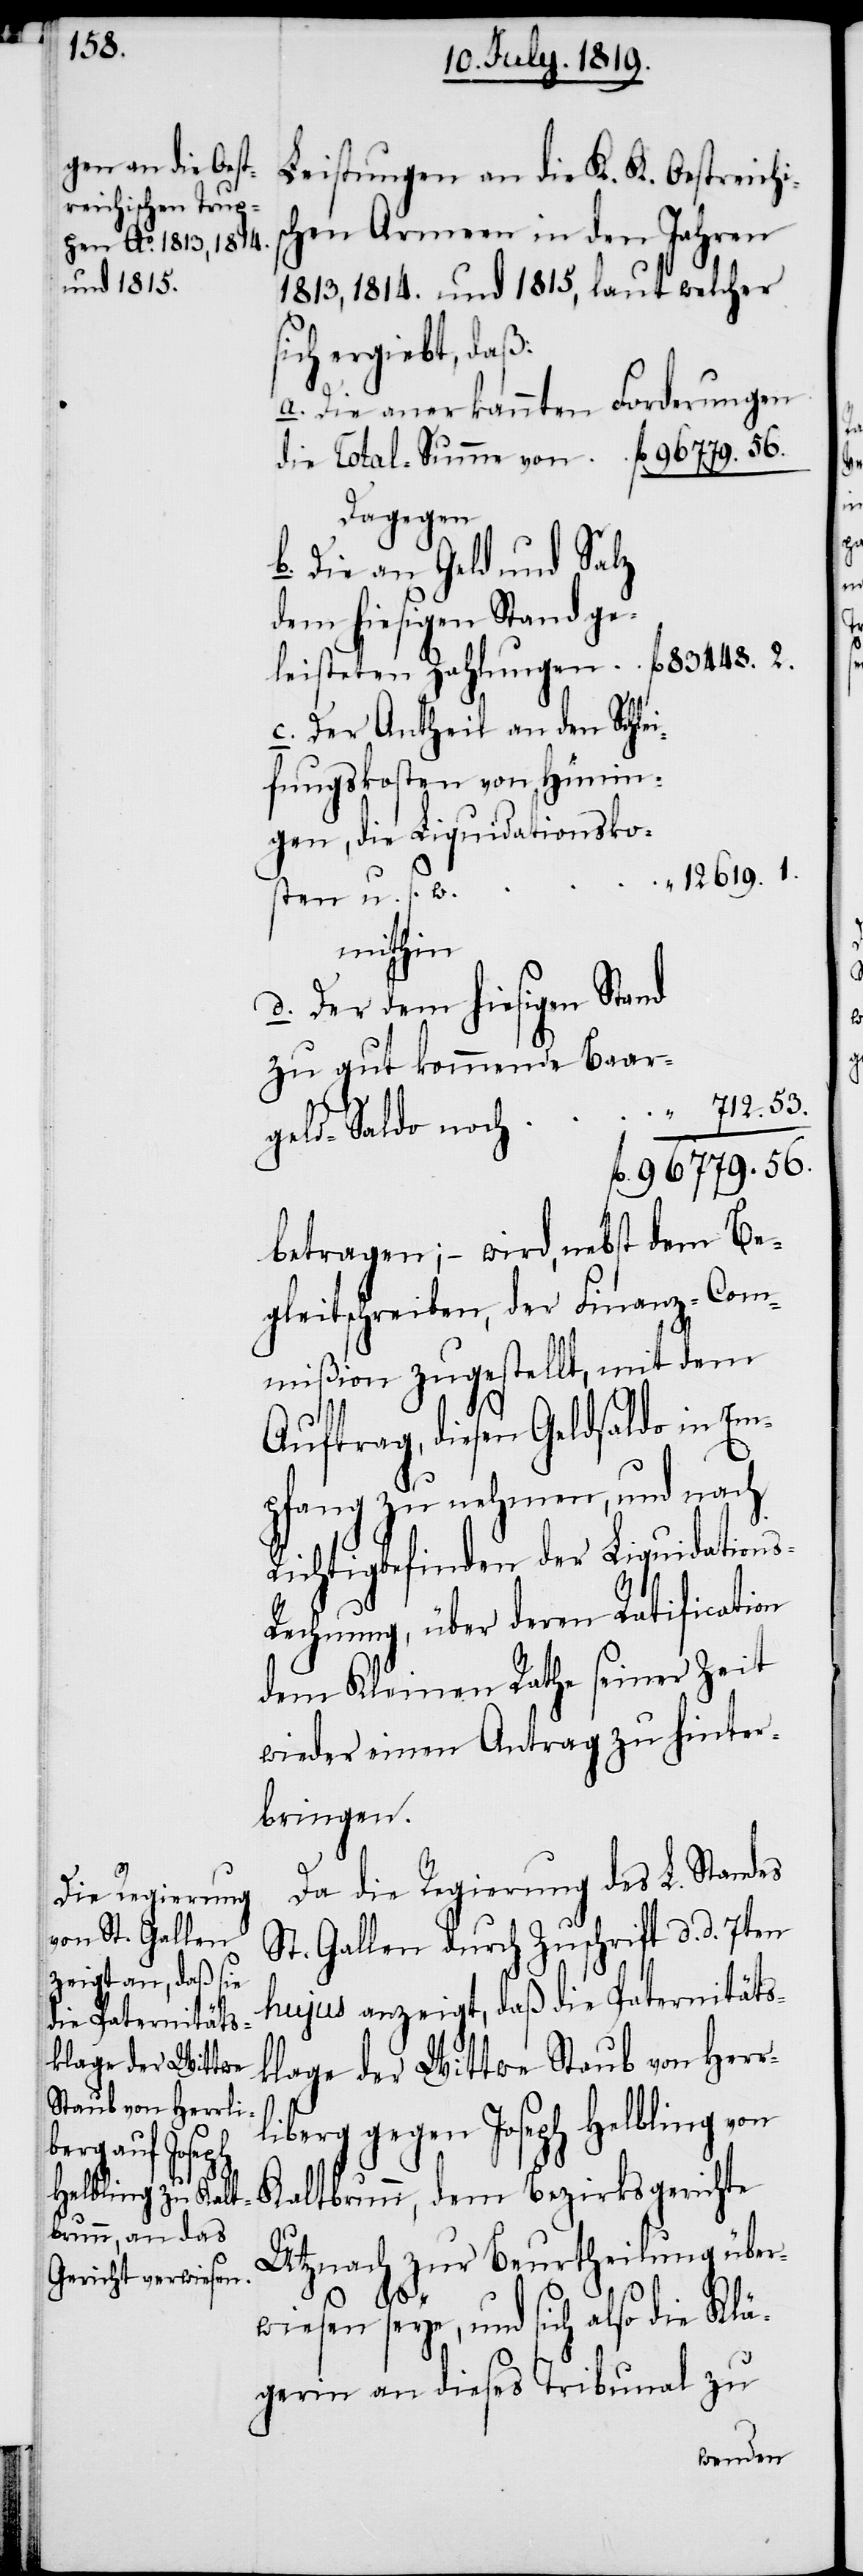
Leistungen an die K. K. Oestreichi¬
schen Armeen in den Jahren
1813, 1814. und 1815., laut welcher
sich ergiebt, daß:
a. Die anerkannten Forderungen
die Total-Summe von
Dagegen
b. Die an Geld und Salz
dem hiesigen Stand gel¬
c. Der Antheil an den Schle¬
ifungskosten von Hünin¬
gen, die Liquidationsko¬
12619. 1.
sten u. s. w.
mithin
d. Der dem hiesigen Stand
zu gut kommende Baar¬
712. 53.
geld-Saldo noch
fl. 96779. 56.
betragen; – wird nebst dem Be¬
gleitschreiben, der Finanz-Com¬
mißion zugestellt, mit dem
Auftrag, diesen Geldsaldo in Em¬
pfang zu nehmen, und nach
Richtigbefinden der Liquidation¬
s-Rechnung, über deren Ratification
dem Kleinen Rathe seiner Zeit
wieder einen Antrag zu hinter¬
bringen.
2.
Da die Regierung des L. Standes
St. Gallen durch Zuschrift d. d. 7ten
hujus anzeigt, daß die Paternitäts¬
klage der Wittwe Staub von Herr¬
liberg gegen Joseph Helbling von
Kaltbrunn, dem Bezirksgerichte
Utznach zur Beurtheilung über¬
wiesen seye, und sich also die Klä¬
gerin an dieses Tribunal zu